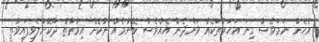
އެހެން ނަމަވެސް ގިނަ އަހަރުތަކެއް ވަންދެން އެއްވެސް ބޭނުމެއް ނުކޮށް އިމާރާތް ދޫކޮށްލެވިފައިވާތީ